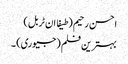
احسن رحیم (طیفا ان ٹربل)
بہترین فلم (جیوری) ۔